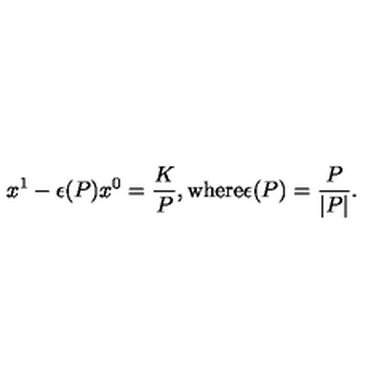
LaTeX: x ^ { 1 } - \epsilon ( P ) x ^ { 0 } = \frac { K } { P } , \mathrm { w h e r e } \epsilon ( P ) = \frac { P } { | P | } .